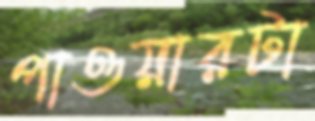
পাওয়ারটা